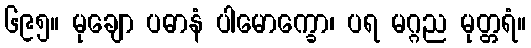
၆၉၅။ မုချော ပဓာနံ ပါမောက္ခော၊ ပရ မဂ္ဂည မုတ္တရံ။